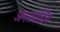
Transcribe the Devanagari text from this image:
अनसपोर्टिंग